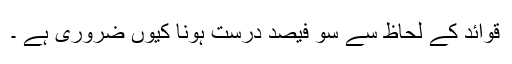
قوائد کے لحاظ سے سو فیصد درست ہونا کیوں ضروری ہے ۔